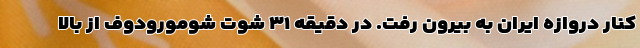
کنار دروازه ایران به بیرون رفت. در دقیقه ۳۱ شوت شومورودوف از بالا